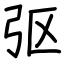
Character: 𫸩